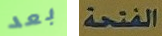
بعد الفتحة